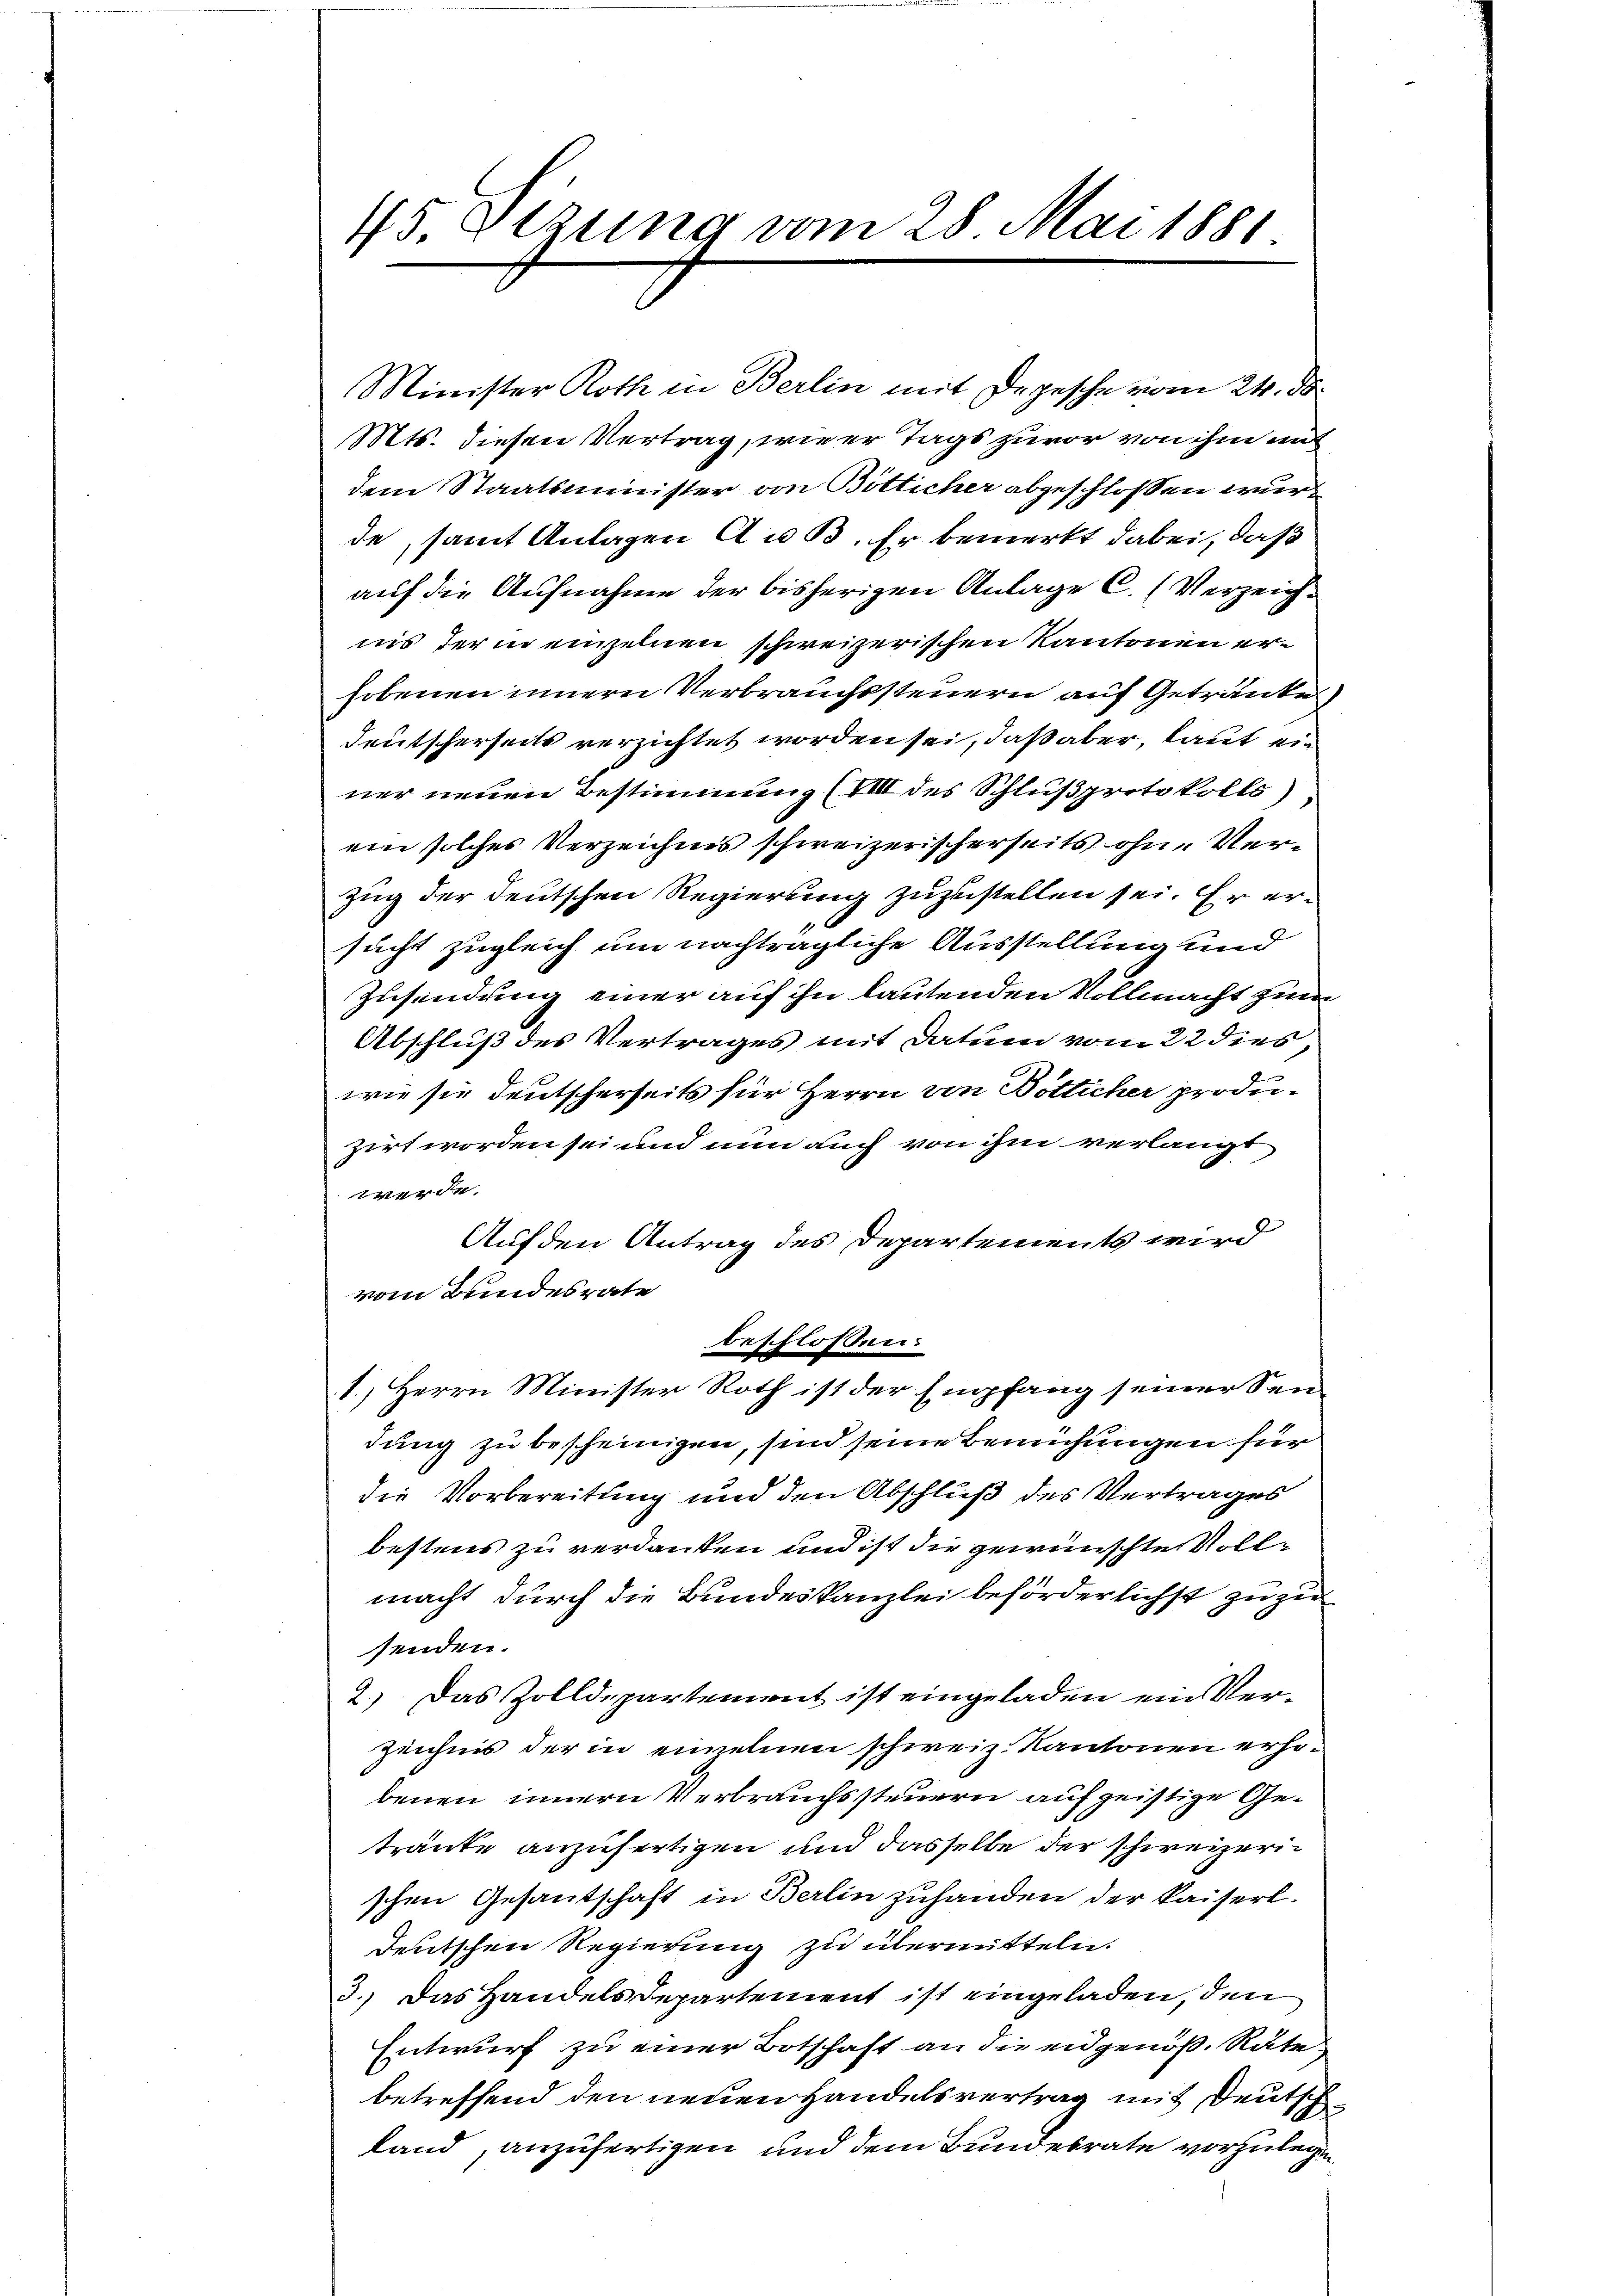
45 Otzung vom 28. Mai 1881

Minister Roth in Berlin mit Depesche vom 24. ds.
Mts. diesen Vertrag, wie er Tags zuvor von ihm mit
dem Staatsminister von Bötticher abgeschloßen wurde, samt Anlagen Au B. Er bemerkt dabei, daß
auf die Aufnahme der bisherigen Anlage C. (Verzeichnis der in einzelnen schweizerischen Kantonen erhobenen innern Verbrauchssteuern auf Getränke
Deutscherseits verzichtet worden sei, daß aber, laut einer neuen Bestimmung (VIII des Schlußprotokolls)
ein solches Verzeichnis schweizerischerseits ohne Verzug der deutschen Regierung zuzustellen sei. Er ersucht zugleich um nachträgliche Ausstellung und
Zusendung einer auf ihn lautenden Vollmacht zum
Abschluß des Vertrages mit Datum vom 22 dies,
wie sie deutscherseits für Herrn von Bötlicher produzirt worden sei und nun auch von ihm verlangt
werde.
Auf den Antrag des Departements wird
vom Bundesrate
beschlossen:
1.) Herrn Minister Roth ist der Empfang seiner Sendung zu bescheinigen, sind seine Bemühungen für
die Vorbereitung und den Abschluß des Vertrages
bestens zu verdanken und ist die gewünschte Vollmacht durch die Bundeskanzlei beförderlichst zu zu
senden.
2.) Das Zolldepartement ist eingeladen ein Ver¬
Zeichnis der in einzelnen schweiz. Kantonen erhöbenen innern Verbrauchssteuern auf geistige Gestränke anzufertigen und dasselbe der schweizerischen Gesantschaft in Berlin zuhanden der kaiserl.
deutschen Regierung zu übermitteln.
3.) Das Handelsdepartement ist eingeladen, den
Entwurf zu einer Botschaft an die eidgenöß. Räte
betreffend den neuen Handelsvertrag mit Deutschland, anzufertigen und dem Bundesrate vorzulegen